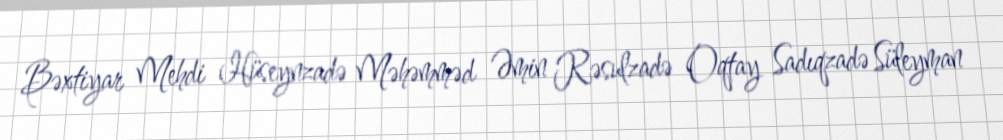
Bəxtiyar Mehdi Hüseynzadə Məhəmməd Əmin Rəsulzadə Oqtay Sadıqzadə Süleyman